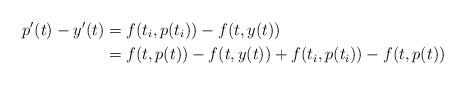
LaTeX: \begin{align*}p'(t)-y'(t)&=f(t_i, p(t_i))-f(t,y(t))\\&=f(t,p(t))-f(t,y(t))+f(t_i,p(t_i))-f(t,p(t))\end{align*}